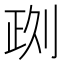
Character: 𠝙